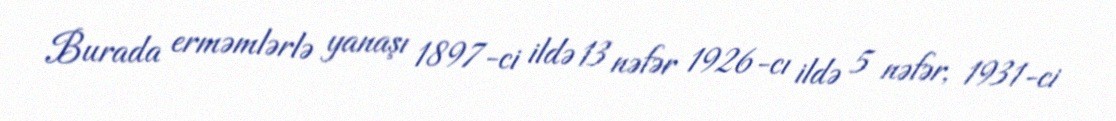
Burada erməmlərlə yanaşı 1897-ci ildə 13 nəfər 1926-cı ildə 5 nəfər, 1931-ci